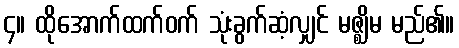
၄။ ထိုအောက်ထက်ဝက် သုံးခွက်ဆံ့လျှင် မဇ္ဈိမ မည်၏။